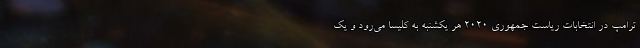
ترامپ در انتخابات ریاست جمهوری ۲۰۲۰ هر یکشنبه به کلیسا می‌رود و یک